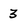
Character: 3